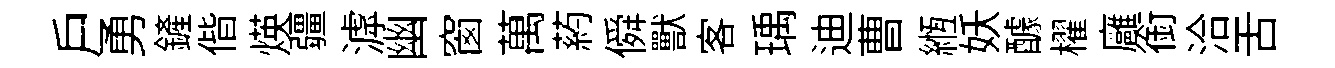
戶勇鏟偕煐疆滹幽窗萬葯僢獸客瑀迪曹縆妖醵櫂廱銜洽舌